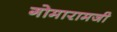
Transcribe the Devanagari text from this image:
गोमारामजी